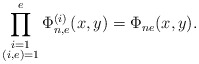
\begin{align*} \prod^e_{\substack{i=1 \\ (i,e)=1}}\Phi_{n,e}^{(i)}(x,y)=\Phi_{ne}(x,y).\end{align*}